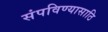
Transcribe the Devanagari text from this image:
संपविण्यासाठि